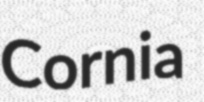
Cornia